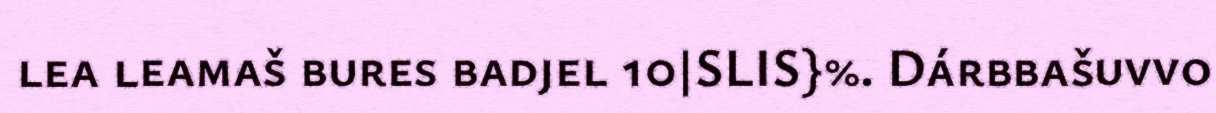
lea leamaš bures badjel 10|SLIS}%. Dárbbašuvvo